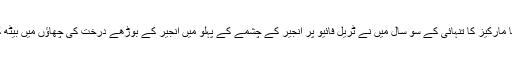
گبریل گارشیا مارکیز کا تنہائی کے سو سال میں نے ٹریل فائیو پر انجیر کے چشمے کے پہلو میں انجیر کے بوڑھے درخت کی چھاؤں میں بیٹھ کر پڑھا تھا ۔